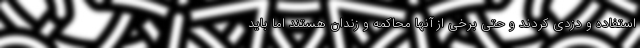
استفاده و دزدی کردند و حتی برخی از آنها محاکمه و زندان هستند اما باید